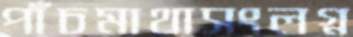
পাঁচমাথাসংলগ্ন